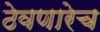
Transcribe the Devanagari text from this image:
ठेवणारेच